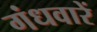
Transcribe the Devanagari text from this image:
गंधवारें